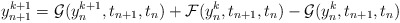
\begin{align*}y^{k+1}_{n+1} = \mathcal{G}(y^{k+1}_{n}, t_{n+1}, t_{n}) + \mathcal{F}(y^{k}_{n}, t_{n+1}, t_{n}) - \mathcal{G}(y^{k}_{n}, t_{n+1}, t_{n})\end{align*}